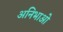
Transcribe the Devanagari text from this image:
अनिभाओ